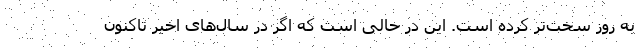
به روز سخت‌‌تر کرده است. این در حالی است که اگر در سال‌های اخیر تاکنون